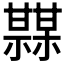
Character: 𤯏